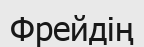
Фрейдің